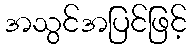
အသွင်အပြင်ဖြင့်